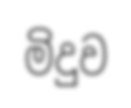
මිදුව